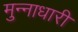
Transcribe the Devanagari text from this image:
मुन्नाधारी